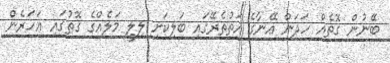
ބޭނުން ގޮތެއް ހަދަން އޭނާގެ އަތުތެރޭގައި ބަލިކަށި ލިލީ މަލެއްގެ ގޮތުގައި އަހަރެން